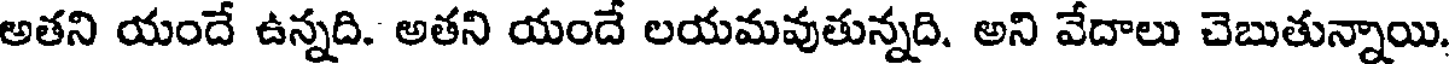
అతని యందే ఉన్నది. అతని యందే లయమవుతున్నది. అని వేదాలు చెబుతున్నాయి.